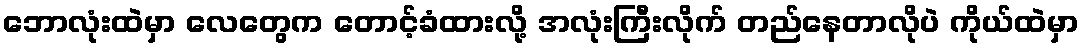
ဘောလုံးထဲမှာ လေတွေက တောင့်ခံထားလို့ အလုံးကြီးလိုက် တည်နေတာလိုပဲ ကိုယ်ထဲမှာ